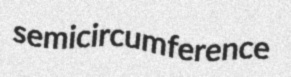
semicircumference